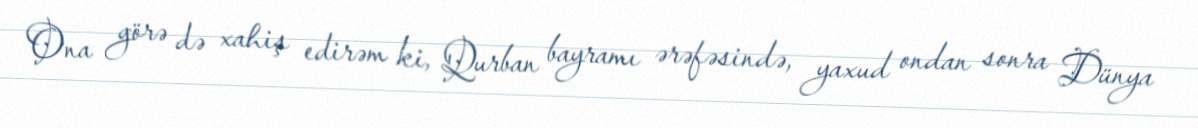
Ona görə də xahiş edirəm ki, Qurban bayramı ərəfəsində, yaxud ondan sonra Dünya